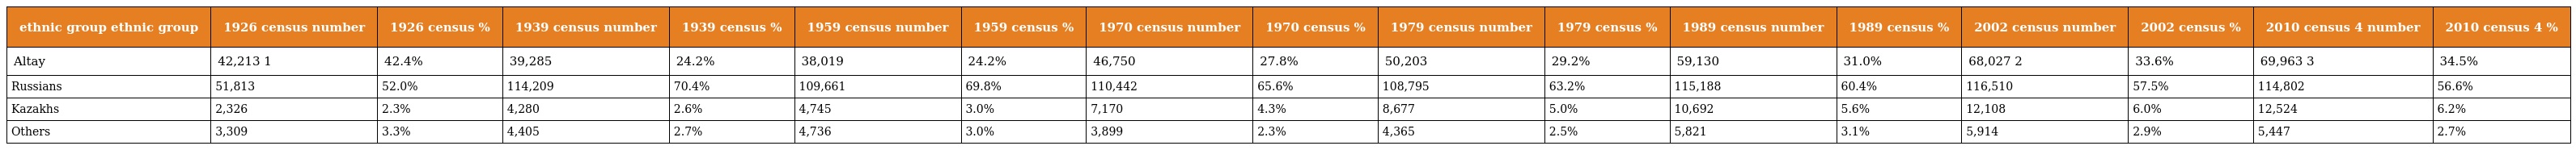
| ethnic group ethnic group | 1926 census number | 1926 census % | 1939 census number | 1939 census % | 1959 census number | 1959 census % | 1970 census number | 1970 census % | 1979 census number | 1979 census % | 1989 census number | 1989 census % | 2002 census number | 2002 census % | 2010 census 4 number | 2010 census 4 % |
 | --- | --- | --- | --- | --- | --- | --- | --- | --- | --- | --- | --- | --- | --- | --- | --- | --- |
 | Altay | 42,213 1 | 42.4% | 39,285 | 24.2% | 38,019 | 24.2% | 46,750 | 27.8% | 50,203 | 29.2% | 59,130 | 31.0% | 68,027 2 | 33.6% | 69,963 3 | 34.5% |
 | Russians | 51,813 | 52.0% | 114,209 | 70.4% | 109,661 | 69.8% | 110,442 | 65.6% | 108,795 | 63.2% | 115,188 | 60.4% | 116,510 | 57.5% | 114,802 | 56.6% |
 | Kazakhs | 2,326 | 2.3% | 4,280 | 2.6% | 4,745 | 3.0% | 7,170 | 4.3% | 8,677 | 5.0% | 10,692 | 5.6% | 12,108 | 6.0% | 12,524 | 6.2% |
 | Others | 3,309 | 3.3% | 4,405 | 2.7% | 4,736 | 3.0% | 3,899 | 2.3% | 4,365 | 2.5% | 5,821 | 3.1% | 5,914 | 2.9% | 5,447 | 2.7% |